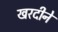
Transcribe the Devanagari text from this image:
खरदीने